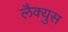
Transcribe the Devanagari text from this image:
लैक्युस